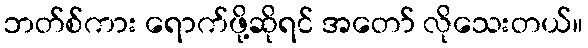
ဘတ်စ်ကား ရောက်ဖို့ဆိုရင် အတော် လိုသေးတယ်။